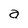
Character: a